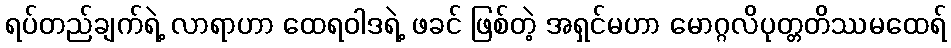
ရပ်တည်ချက်ရဲ့ လာရာဟာ ထေရဝါဒရဲ့ ဖခင် ဖြစ်တဲ့ အရှင်မဟာ မောဂ္ဂလိပုတ္တတိဿမထေရ်